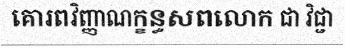
គោរពវិញ្ញាណក្ខន្ធសពលោក ជា វិជ្ជា